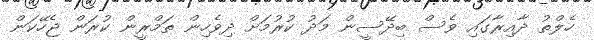
ހެލްތު ދާއިރާގައި ވެސް ބިދޭސީން މަދު ކުރުމަށް ދިވެހިން ތަމްރީން ކުރަން ޖެހޭކަން